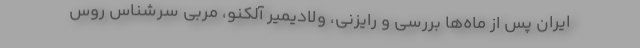
ایران پس از ماه‌ها بررسی و رایزنی، ولادیمیر آلکنو، مربی سرشناس روس